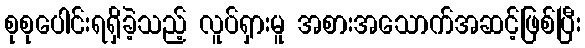
စုစုပေါင်းရရှိခဲ့သည့် လူပ်ရှားမူ အစားအသောက်အဆင့်ဖြစ်ပြီး